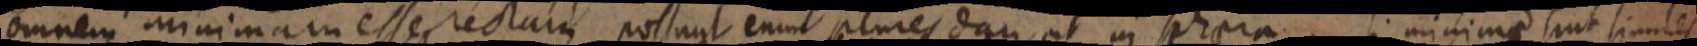
omnem minimam esse rectam possunt enim plures dan ut in sphaera. si minimae sint similes